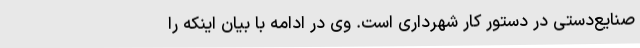
صنایع‌دستی در دستور کار شهرداری است. وی در ادامه با بیان اینکه را